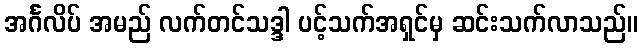
အင်္ဂလိပ် အမည် လက်တင်သဒ္ဒါ ပင့်သက်အရှင်မှ ဆင်းသက်လာသည်။